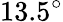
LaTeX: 13.5^{\circ}